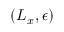
( L _ { x } , \epsilon )